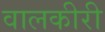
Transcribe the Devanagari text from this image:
वालकीरी